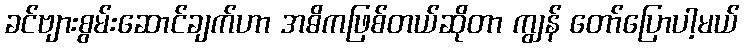
ခင်ဗျားစွမ်းဆောင်ချက်ဟာ အဓိကဖြစ်တယ်ဆိုတာ ကျွန် တော်ပြောပါ့မယ်